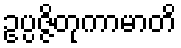
ဥပ္ပဇ္ဇိတုကာမာတိ